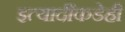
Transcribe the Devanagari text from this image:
इत्यादींकडेही